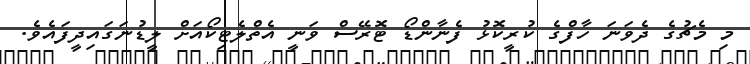
މި މެޗުގެ ދެވަނަ ހާފްގެ ކުރީކޮޅު ފެނާންޑޯ ޓޮރޭސް ވަނީ އެތްލެޓިކޯއަށް ލީޑުނަގައިދީފައެވެ.